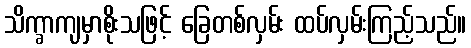
သိက္ခာကျမှာစိုးသဖြင့် ခြေတစ်လှမ်း ထပ်လှမ်းကြည့်သည်။